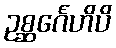
ဥစ္ဆင်္ဂေဟိပိ